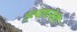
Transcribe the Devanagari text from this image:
उत्पादनेही